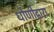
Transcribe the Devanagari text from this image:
धोणीद्वारा